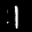
Label: 1